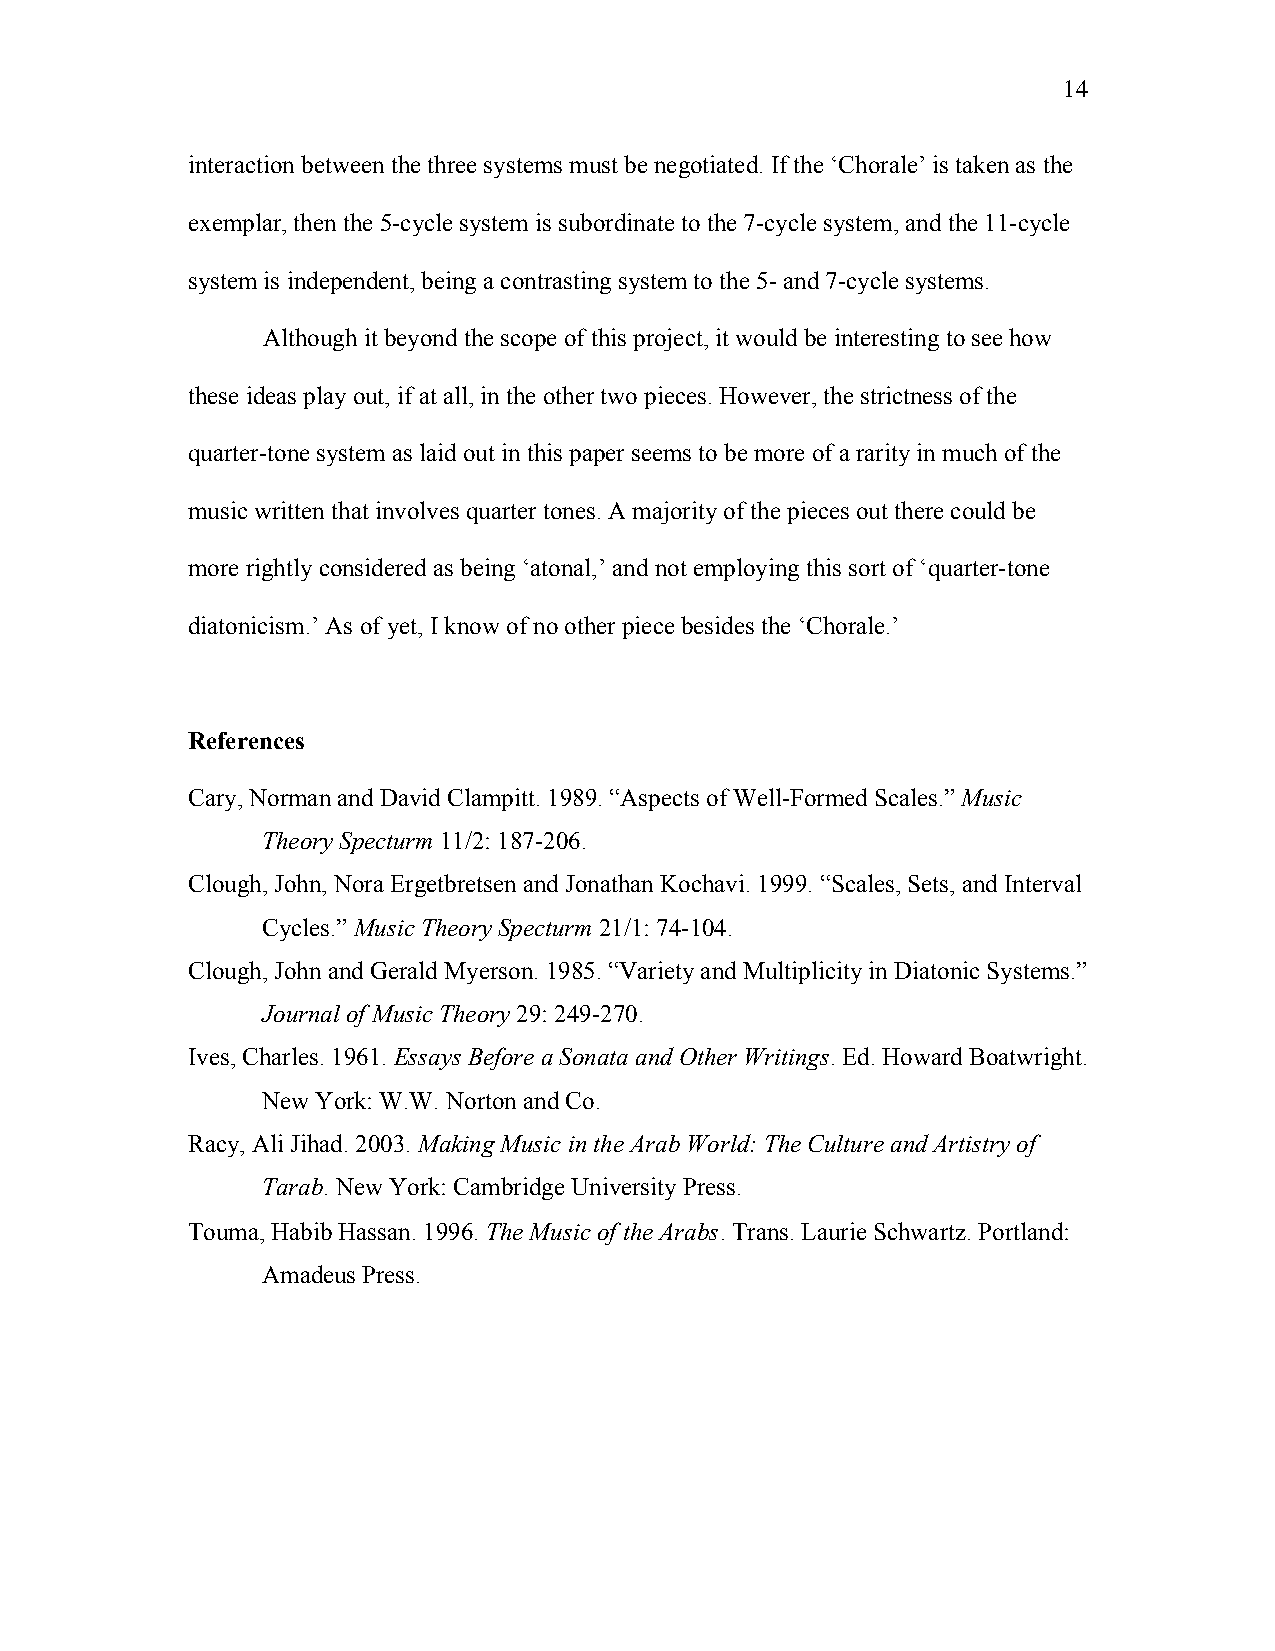
14
 interaction between the three systems must be negotiated. If the ‘Chorale’ is taken as the
 exemplar, then the 5-cycle system is subordinate to the 7-cycle system, and the 11-cycle
 system is independent, being a contrasting system to the 5- and 7-cycle systems.
 Although it beyond the scope of this project, it would be interesting to see how
 these ideas play out, if at all, in the other two pieces. However, the strictness of the
 quarter-tone system as laid out in this paper seems to be more of a rarity in much of the
 music written that involves quarter tones. A majority of the pieces out there could be
 more rightly considered as being ‘atonal,’ and not employing this sort of ‘quarter-tone
 diatonicism.’ As of yet, I know of no other piece besides the ‘Chorale.’
 References
 Cary, Norman and David Clampitt. 1989. “Aspects of Well-Formed Scales.” Music
 Theory Specturm 11/2: 187-206.
 Clough, John, Nora Ergetbretsen and Jonathan Kochavi. 1999. “Scales, Sets, and Interval
 Cycles.” Music Theory Specturm 21/1: 74-104.
 Clough, John and Gerald Myerson. 1985. “Variety and Multiplicity in Diatonic Systems.”
 Journal of Music Theory 29: 249-270.
 Ives, Charles. 1961. Essays Before a Sonata and Other Writings. Ed. Howard Boatwright.
 New York: W.W. Norton and Co.
 Racy, Ali Jihad. 2003. Making Music in the Arab World: The Culture and Artistry of
 Tarab. New York: Cambridge University Press.
 Touma, Habib Hassan. 1996. The Music of the Arabs. Trans. Laurie Schwartz. Portland:
 Amadeus Press.